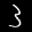
Label: 3